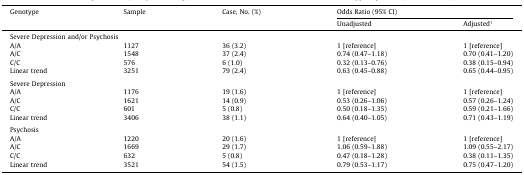
<table><thead><tr><td><b>Genotype</b></td><td><b>Sample</b></td><td><b>Case, No. (%)</b></td><td colspan="2"><b>Odds Ratio (95% CI)</b></td></tr><tr><td></td><td></td><td></td><td><b>Unadjusted</b></td><td><b>Adjusted1</b></td></tr></thead><tbody><tr><td colspan="5">Severe Depression and/or Psychosis</td></tr><tr><td>A/A</td><td>1127</td><td>36 (3.2)</td><td>1 [reference]</td><td>1 [reference]</td></tr><tr><td>A/C</td><td>1548</td><td>37 (2.4)</td><td>0.74 (0.47–1.18)</td><td>0.70 (0.41–1.20)</td></tr><tr><td>C/C</td><td>576</td><td>6 (1.0)</td><td>0.32 (0.13–0.76)</td><td>0.38 (0.15–0.94)</td></tr><tr><td>Linear trend</td><td>3251</td><td>79 (2.4)</td><td>0.63 (0.45–0.88)</td><td>0.65 (0.44–0.95)</td></tr><tr><td colspan="5">  </td></tr><tr><td colspan="5">Severe Depression</td></tr><tr><td>A/A</td><td>1176</td><td>19 (1.6)</td><td>1 [reference]</td><td>1 [reference]</td></tr><tr><td>A/C</td><td>1621</td><td>14 (0.9)</td><td>0.53 (0.26–1.06)</td><td>0.57 (0.26–1.24)</td></tr><tr><td>C/C</td><td>601</td><td>5 (0.8)</td><td>0.50 (0.18–1.35)</td><td>0.59 (0.21–1.66)</td></tr><tr><td>Linear trend</td><td>3406</td><td>38 (1.1)</td><td>0.64 (0.40–1.05)</td><td>0.71 (0.43–1.19)</td></tr><tr><td colspan="5">  </td></tr><tr><td colspan="5">Psychosis</td></tr><tr><td>A/A</td><td>1220</td><td>20 (1.6)</td><td>1 [reference]</td><td>1 [reference]</td></tr><tr><td>A/C</td><td>1669</td><td>29 (1.7)</td><td>1.06 (0.59–1.88)</td><td>1.09 (0.55–2.17)</td></tr><tr><td>C/C</td><td>632</td><td>5 (0.8)</td><td>0.47 (0.18–1.28)</td><td>0.38 (0.11–1.35)</td></tr><tr><td>Linear trend</td><td>3521</td><td>54 (1.5)</td><td>0.79 (0.53–1.17)</td><td>0.75 (0.47–1.20)</td></tr></tbody></table>